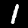
Label: 1